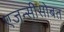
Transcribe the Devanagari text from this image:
एजन्सीसोबत